Report of the Indian Hemp Drugs Commission, 1894-1895 - Volume V
Year: 1894
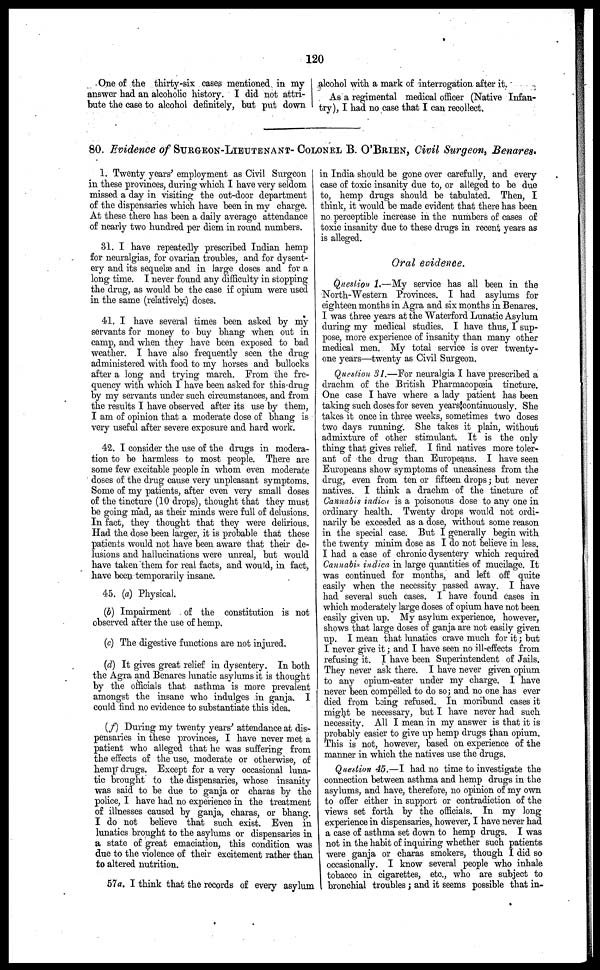
120
One of the thirty-six cases mentioned in my
answer had an alcoholic history. I did not attri-
bute the case to alcohol definitely, but put down
alcohol with a mark of interrogation after it.
As a regimental medical officer (Native Infan-
try), I had no case that I can recollect.
80. Evidence of SURGEON-LIEUTENANT-COLONEL B. O'BRIEN , Civil Surgeon, Benares.
1. Twenty years' employment as Civil Surgeon
in these provinces, during which I have very seldom
missed a day in visiting the out-door department
of the dispensaries which have been in my charge.
At these there has been a daily average attendance
of nearly two hundred per diem in round numbers.
31. I have repeatedly prescribed Indian hemp
for neuralgias, for ovarian troubles, and for dysent-
ery and its sequelæ and in large doses and for a
long time. I never found any difficulty in stopping
the drug, as would be the case if opium were used
in the same (relatively.) doses.
41. I have several times been asked by my
servants for money to buy bhang when out in
camp, and when they have been exposed to bad
weather. I have also frequently seen the drug
administered with food to my horses and bullocks
after a long and trying march. From the fre-
quency with which I have been asked for this drug
by my servants under such circumstances, and from
the results I have observed after its use by them,
I am of opinion that a moderate dose of bhang is
very useful after severe exposure and hard work.
42. I consider the use of the drugs in modera-
tion to bo harmless to most people. There are
some few excitable people in whom even moderate
doses of the drug cause very unpleasant symptoms.
Some of my patients, after even very small doses
of the tincture (10 drops), thought that they must
be going mad, as their minds were full of delusions.
In fact, they thought that they were delirious.
Had the dose been larger, it is probable that these
patients would not have been aware that their de-
lusions and hallucinations were unreal, but would
have taken them for real facts, and would, in fact,
have been temporarily insane.
45. (a) Physical.
(b) Impairment
of the constitution is not
observed after the use of hemp.
(c) The digestive functions are not injured.
(d) It gives great relief in dysentery. In both
the Agra and Benares lunatic asylums it is thought
by the officials that asthma is more prevalent
amongst the insane who indulges in ganja. I
could find no evidence to substantiate this idea.
(f) During my twenty years' attendance at dis-
pensaries in these provinces, I have never met a
patient who alleged that he was suffering from
the effects of the use, moderate or otherwise, of
hemp drugs. Except for a very occasional luna-
tic brought to the dispensaries, whose insanity
was said to be due to ganja or charas by the
police, I have had no experience in the treatment
of illnesses caused by ganja, charas, or bhang.
I do not believe that such exist. Even in
lunatics brought to the asylums or dispensaries in
a state of great emaciation, this condition was
due to the violence of their excitement rather than
to altered nutrition.
57a. I think that the records of every asylum
in India should be gone over carefully, and every
case of toxic insanity due to, or alleged to bo due
to, hemp drugs should be tabulated. Then, I
think, it would be made evident that there has been
no perceptible increase in the numbers of cases of
toxic insanity due to these drugs in recent years as
is alleged.
Oral evidence.
Question 1.—My service has all been in the
North-Western Provinces. I had asylums for
eighteen months in Agra and six months in Benares.
I was three years at the Waterford Lunatic Asylum
during my medical studies. I have thus, I sup-
pose, more experience of insanity than many other
medical men. My total service is over twenty-
one years—twenty as Civil Surgeon.
Question 31.—For neuralgia I have prescribed a
drachm of the British Pharmacopoeia tincture.
One case I have where a lady patient has been
taking such doses for seven years continuously. She
takes it once in three weeks, sometimes two doses
two days running. She takes it plain, without
admixture of other stimulant. It is the only
thing that gives relief. I find natives more toler-
ant of the drug than Europeans. I have seen
Europeans show symptoms of uneasiness from the
drug, even from ten or fifteen drops; but never
natives. I think a drachm of the tincture of
Cannabis indica is a poisonous dose to any one in
ordinary health. Twenty drops would not ordi-
narily be exceeded as a dose, without some reason
in the special case. But I generally begin with
the twenty minim dose as I do not believe in less.
I had a case of chronic dysentery which required
Cannabis indica in large quantities of mucilage. It
was continued for months, and left off quite
easily when the necessity passed away. I have
had several such cases. I have found cases in
which moderately large doses of opium have not been
easily given up. My asylum experience, however,
shows that large doses or ganja are not easily given
up. I mean that lunatics crave much for it; but
I never give it; and I have seen no ill-effects from
refusing it. I have been Superintendent of Jails.
They never ask there. I have never given opium
to any opium-eater under my charge. I have
never been compelled to do so; and no one has ever
died from being refused. In moribund cases it
might be necessary, but I have never had such
necessity. All I mean in my answer is that it is
probably easier to give up hemp drugs than opium.
This is not, however, based on experience of the
manner in which the natives use the drugs.
Question 45. — I had no time to investigate the
connection between asthma and hemp drugs in the
asylums, and have, therefore, no opinion of my own
to offer either in support or contradiction of the
views set forth by the officials. In my long
experience in dispensaries, however, I have never had
a case of asthma set down to hemp drugs. I was
not in the habit of inquiring whether such patients
were ganja or charas smokers, though I did so
occasionally. I know several people who inhale
tobacco in cigarettes, etc., who are subject to
bronchial troubles ; and it seems possible that in-